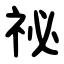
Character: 祕